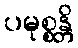
ပမုစ္စန္တိ